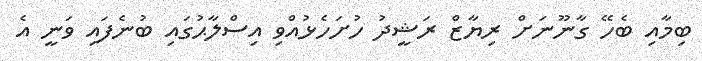
ބިމާއި ބެހޭ ގާނޫނަށް ރިޔާޒް ރަޝީދު ހުށަހެޅުއްވި އިސްލާޙުގައި ބުނެފައި ވަނީ އެ